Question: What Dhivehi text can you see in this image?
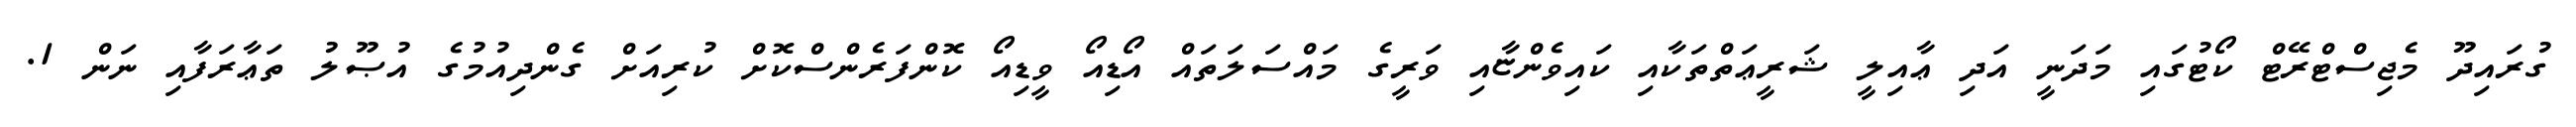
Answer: ގުރައިދޫ މެޖިސްޓްރޭޓް ކޯޓުގައި މަދަނީ އަދި ޢާއިލީ ޝަރީޢަތްތަކާއި ކައިވެންޏާއި ވަރީގެ މައްސަލަތައް އޯޑިއޯ ވީޑިއޯ ކޮންފަރެންސްކޮށް ކުރިއަށް ގެންދިއުމުގެ އުޞޫލު ތަޢާރަފާއި ނަން 1.